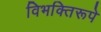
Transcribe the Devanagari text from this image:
विभक्तिरूपे